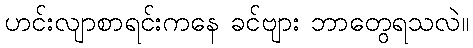
ဟင်းလျာစာရင်းကနေ ခင်ဗျား ဘာတွေရသလဲ။